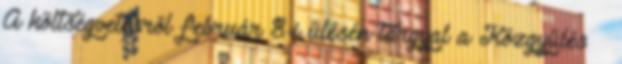
A költségvetésről február 8-i ülésén tárgyal a Közgyűlés –